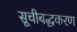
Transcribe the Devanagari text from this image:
सूचीबद्धकरण